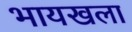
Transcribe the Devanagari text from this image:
भायखला